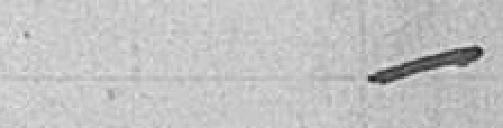
/